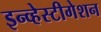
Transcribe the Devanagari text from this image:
इन्व्हेस्टीगेशन